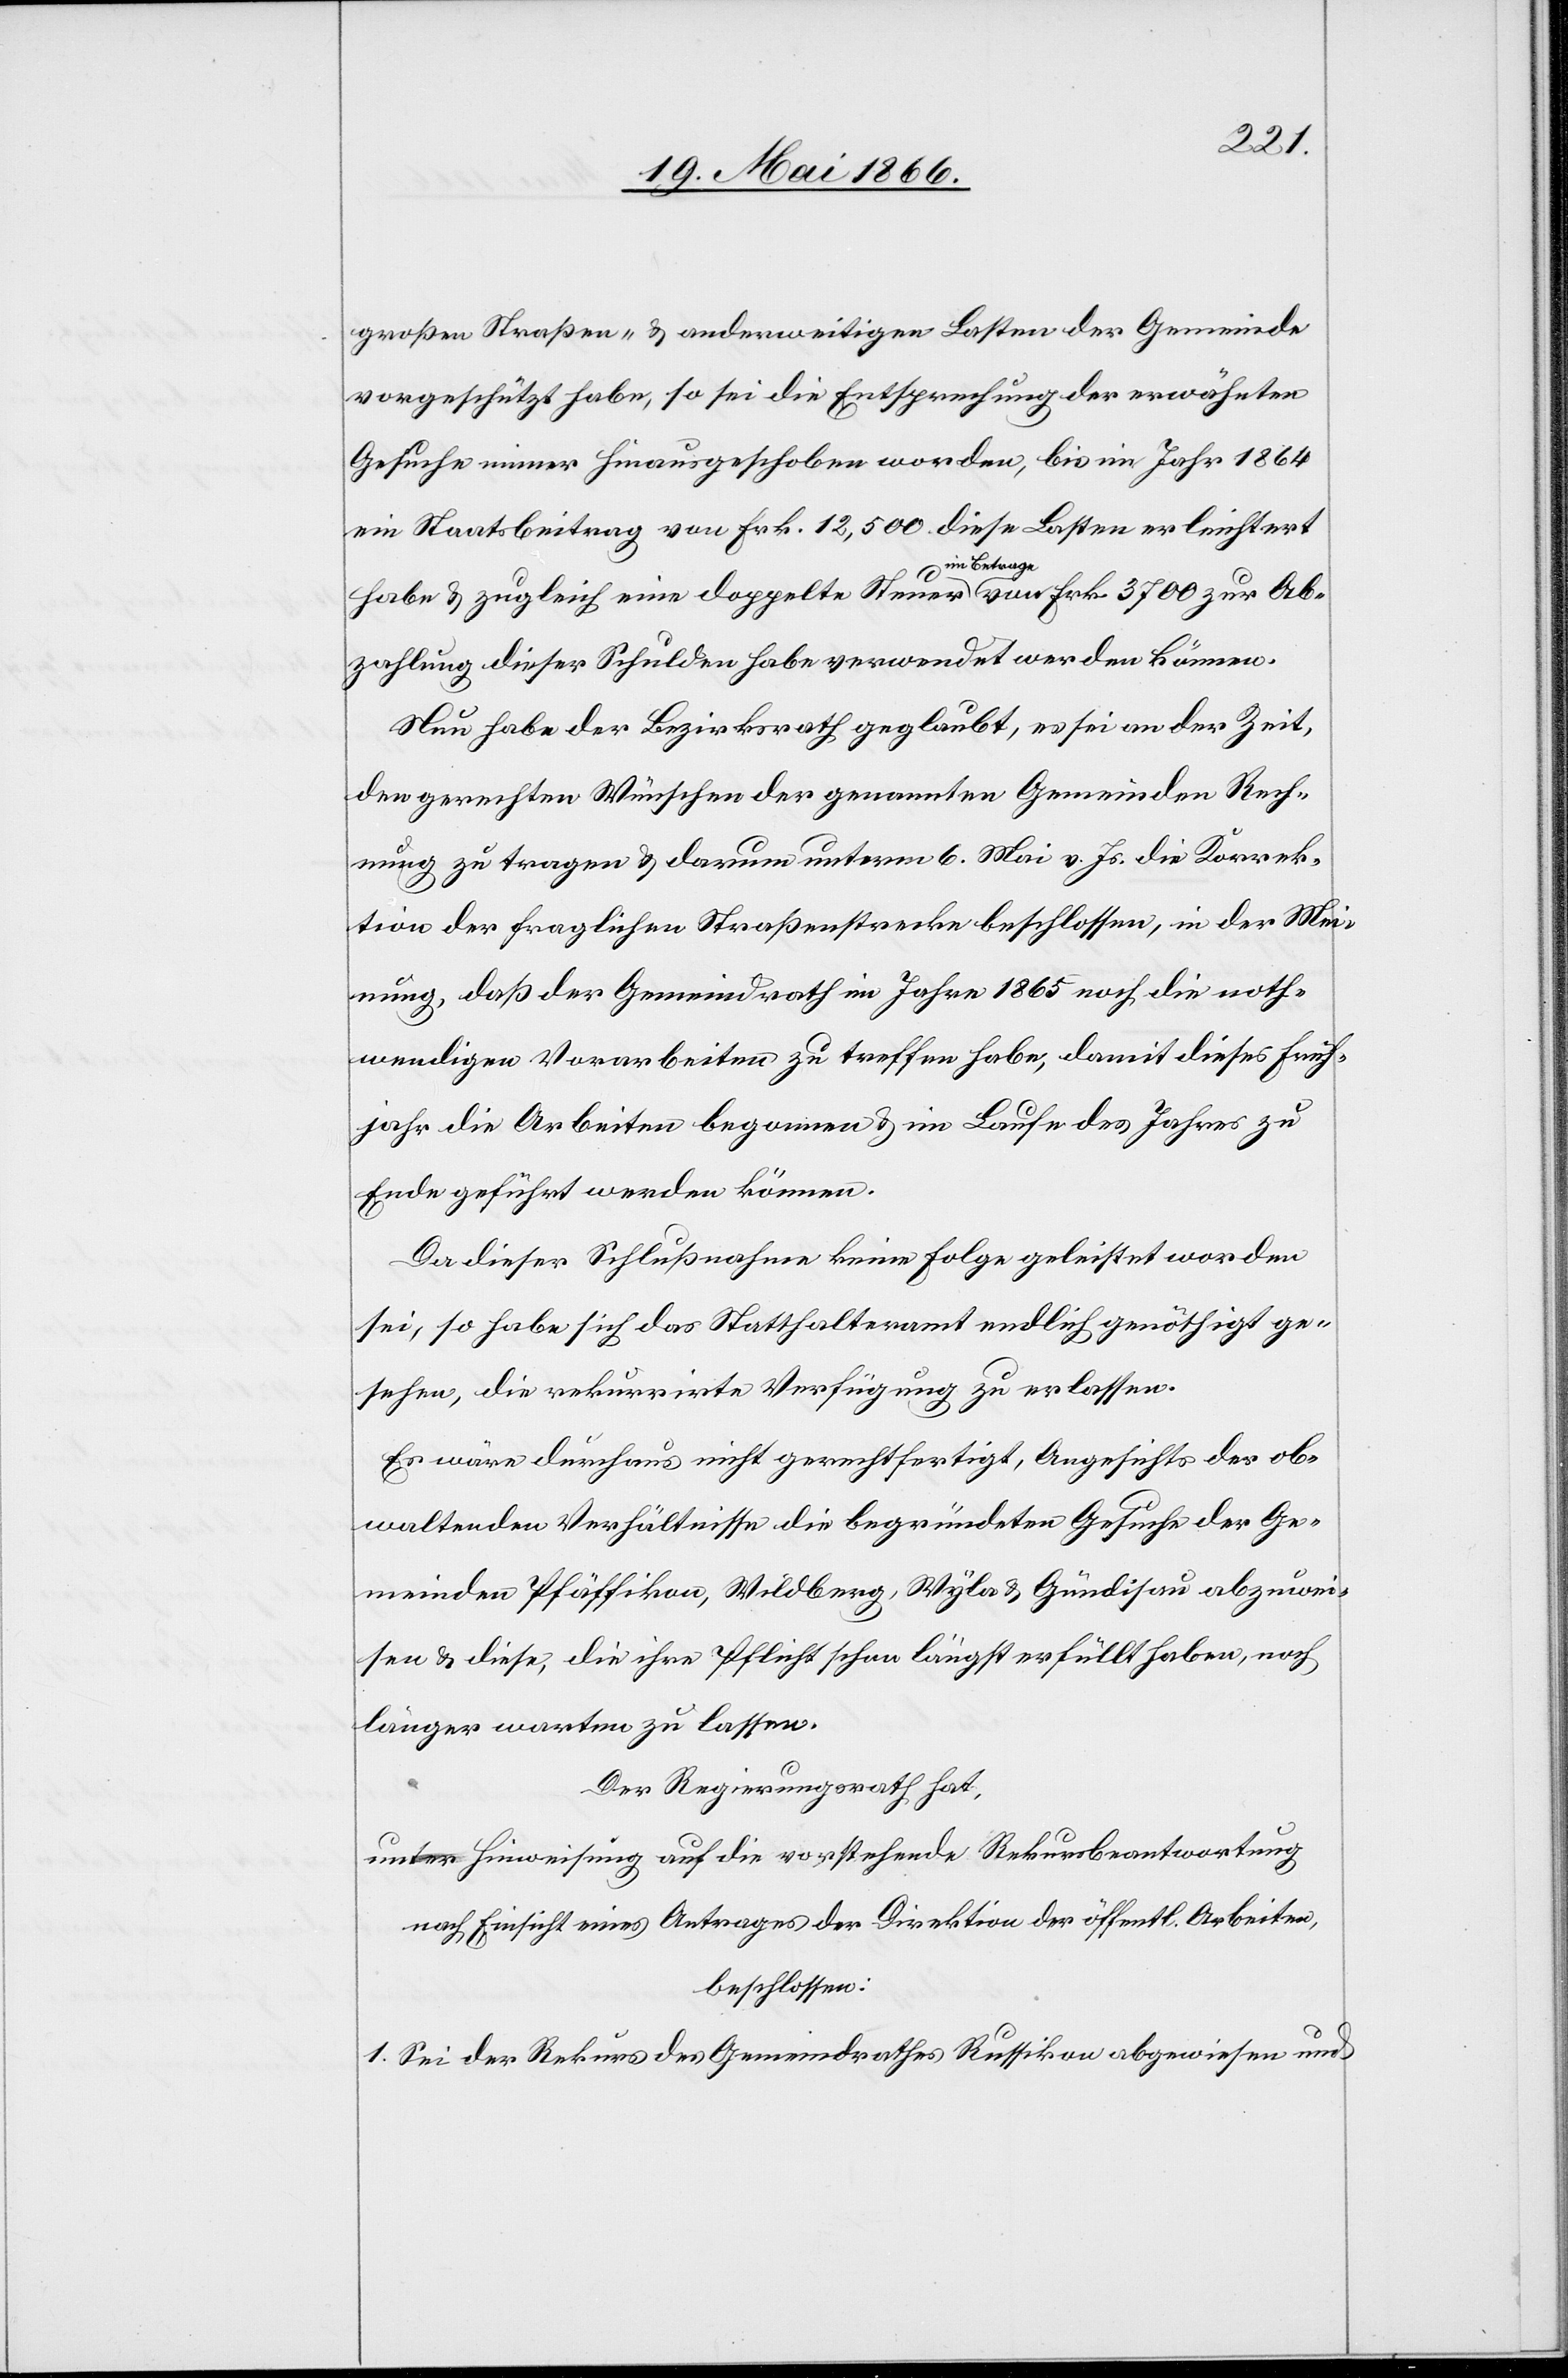
großen Straßen- u. anderweitigen Lasten der Gemeinde
vorgeschützt habe, so sei die Entsprechung der erwähnten
Gesuche immer hinausgeschoben worden, bis im Jahr 1864
ein Staatsbeitrag von Frk. 12 500 diese Lasten erleichtert
habe u. zugleich eine doppelte Steuer im Betrag von Frk. 3700 zur Abbe¬
zahlung dieser Schulden habe verwendet werden können.
Nun habe der Bezirksrath geglaubt, es sei an der Zeit,
den gerechten Wünschen der genannten Gemeinden Rech¬
nung zu tragen u. darum unterm 6. Mai v. Js. die Korrek¬
tion der fraglichen Straßenstrecke beschlossen, in der Mei¬
nung, daß der Gemeindrath im Jahre 1865 noch die noth¬
wendigen Vorarbeiten zu treffen habe, damit dieses Früh¬
jahr die Arbeiten begonnen u. im Laufe des Jahres zu
Ende geführt werden können.
Da dieser Schlußnahme keine Folge geleistet worden
sei, so habe sich das Statthalteramt endlich genöthigt ge¬
sehen, die rekurrirte Verfügung zu erlassen.
Es wäre durchaus nicht gerechtfertigt, Angesichts der ob¬
waltenden Verhältnisse die begründeten Gesuche der Ge¬
meinde Pfäffikon, Wildberg, Wyla u. Gündisau abzuwei¬
sen u. diese, die ihre Pflicht schon längst erfüllt haben, noch
länger warten zu lassen.
Der Regierungsrath hat,
unter Hinweisung auf die vorstehende Rekursbeantwortung
nach Einsicht eines Antrages der Direktion der öffentl. Arbeiten,
beschlossen:
1. Sei der Rekurs des Gemeindrathes Russikon abgewiesen und